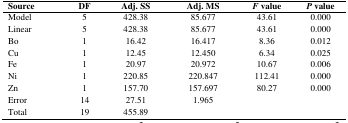
<table><thead><tr><td><b>Source</b></td><td><b>DF</b></td><td><b>Adj. SS</b></td><td><b>Adj. MS</b></td><td><b><i>F</i> value</b></td><td><b><i>P</i> value</b></td></tr></thead><tbody><tr><td>Model</td><td>5</td><td>428.38</td><td>85.677</td><td>43.61</td><td>0.000</td></tr><tr><td>Linear</td><td>5</td><td>428.38</td><td>85.677</td><td>43.61</td><td>0.000</td></tr><tr><td>Bo</td><td>1</td><td>16.42</td><td>16.417</td><td>8.36</td><td>0.012</td></tr><tr><td>Cu</td><td>1</td><td>12.45</td><td>12.450</td><td>6.34</td><td>0.025</td></tr><tr><td>Fe</td><td>1</td><td>20.97</td><td>20.972</td><td>10.67</td><td>0.006</td></tr><tr><td>Ni</td><td>1</td><td>220.85</td><td>220.847</td><td>112.41</td><td>0.000</td></tr><tr><td>Zn</td><td>1</td><td>157.70</td><td>157.697</td><td>80.27</td><td>0.000</td></tr><tr><td>Error</td><td>14</td><td>27.51</td><td>1.965</td><td></td><td></td></tr><tr><td>Total</td><td>19</td><td>455.89</td><td></td><td></td><td></td></tr></tbody></table>